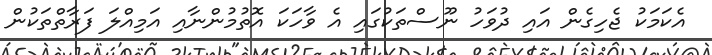
އެކަމަކު ޖެހިގެން އައި ދުވަހު ނޫސްތަކުގައި އެ ވާހަކަ އޮތުމުންނާއި އަމިއްލަ ފަރާތްތަކުން